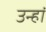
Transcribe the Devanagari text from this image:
उन्हां